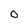
Character: 0